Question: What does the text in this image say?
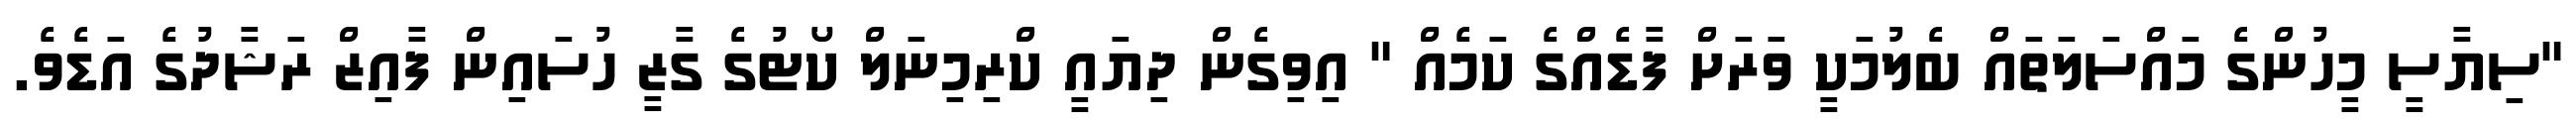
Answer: "ސިޔާސީ މީހުންގެ މައްސަލަތައް ބެލުމަކީ ވަރަށް ފާޑެއްގެ ކަމެއް " އިވިގެން ދިޔައީ ކްރިމިނަލް ކޯޓުގެ ގާޒީ ހުސައިން ފާއިޒް ރަޝާދުގެ އަޑެވެ.